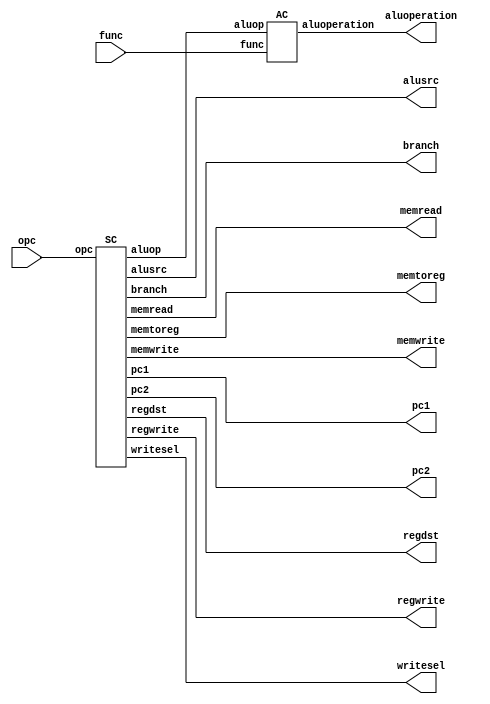
module CTRL(opc,func,memtoreg,writesel,regwrite,pc1,pc2,memwrite,memread,branch,alusrc,regdst,aluoperation);
	input [5:0] opc,func;
	output memtoreg,writesel,regwrite; //WB
	output pc1,pc2,memwrite,memread,branch; //M
	output alusrc;output [1:0]regdst;output [2:0]aluoperation; //EX
	wire [1:0]aluop;
	SC	sc(opc,memtoreg,memread,memwrite,alusrc,regwrite,regdst,writesel,pc1,pc2,aluop,branch);
	AC	ac(aluop,func,aluoperation);
endmodule

module PCSRC(rst,zout,branch,pcsrc);
	input rst,zout,branch;
	output reg pcsrc;
	always @(*) begin
		if(rst)
			pcsrc=1'b0;

		if(zout==1'b1 && branch==1'b1)
			pcsrc=1'b1;
		else
			pcsrc=1'b0;
	end
endmodule

module SPC2(rst,pc2,spc2);
	input rst,pc2;
	output reg spc2;
	always @(*) begin
		if(rst)
			spc2=1'b0;

		if(pc2==1'b1)
			spc2=1'b1;
		else
			spc2=1'b0;
	end
endmodule

module SC(opc,memtoreg,memread,memwrite,alusrc,regwrite,regdst,writesel,pc1,pc2,aluop,branch);
	input [5:0]opc;
	output reg memtoreg,memread,memwrite,alusrc,regwrite,writesel,pc1,pc2,branch;
	output reg [1:0]regdst,aluop;
	always @(opc) begin
		{aluop,memtoreg,memread,memwrite,alusrc,regwrite,regdst,writesel,pc1,pc2,branch}=13'd0;
		case(opc)
			6'b000000: // R-Type
			 begin aluop=2'b10;{memtoreg,memread,memwrite,alusrc,regwrite,writesel,pc2,branch}=8'b00001100;regdst=2'b10; end
			6'b000001: //addi
			 begin aluop=2'b01;{memtoreg,memread,memwrite,alusrc,regwrite,writesel,pc2,branch}=8'b00011100;regdst=2'b00; end
			6'b000010: //slti
			 begin aluop=2'b11;{memtoreg,memread,memwrite,alusrc,regwrite,writesel,pc2,branch}=8'b00011100;regdst=2'b00; end
			6'b000011: //lw
			 begin aluop=2'b01;{memtoreg,memread,memwrite,alusrc,regwrite,writesel,pc2,branch}=8'b11011100;regdst=2'b00; end
			6'b000100: //sw
			 begin aluop=2'b01;{memread,memwrite,alusrc,pc2,branch}=5'b01100; end
			6'b000101: //beq
			 begin aluop=2'b00;{alusrc,pc2,branch}=3'b001; end
			6'b000110: //j
			 begin {pc1,pc2,branch}=3'b010; end
			6'b000111: //jr
			 begin {pc1,pc2,branch}=3'b110; end
			6'b001000: //jal
			 begin regdst=2'b01; {regwrite,writesel,pc1,pc2,branch}=5'b10010; end
			default: {aluop,memtoreg,memread,memwrite,alusrc,regwrite,regdst,writesel,pc1,pc2,branch}=13'd0;
		endcase
	end
endmodule

module AC(aluop,func,aluoperation);
	input [5:0] func;
	input [1:0] aluop;
	output reg [2:0] aluoperation;
	always @(aluop,func) begin
		aluoperation=3'd0;
		if(aluop==2'b00) //beq
			aluoperation=3'b011;
		if(aluop==2'b01) //memref,addi
			aluoperation=3'b010;
		if(aluop==2'b11) //slti
			aluoperation=3'b111;
		if(aluop==2'b10) begin  //rtype
			if(func==6'd1)
				aluoperation=3'b010;
			if(func==6'd2)
				aluoperation=3'b011;
			if(func==6'd4)
				aluoperation=3'b000;
			if(func==6'd8)
				aluoperation=3'b001;
			if(func==6'd16)
				aluoperation=3'b111;
		end
	end
endmodule


//Units related to Hazard

module FU(exmem_regwrite,exmem_rd,idex_rs,idex_rt,memwb_regwrite,memwb_rd,fu1,fu2);
	input exmem_regwrite,memwb_regwrite;
	input [4:0]exmem_rd,idex_rs,idex_rt,memwb_rd;
	output reg [1:0]fu1,fu2;
	always @(*) begin
		{fu1,fu2} = 4'b0000;
		if(memwb_regwrite && memwb_rd!=5'd0 && memwb_rd==idex_rs)
			fu1=2'd1;
		if(memwb_regwrite && memwb_rd!=5'd0 && memwb_rd==idex_rt)
			fu2=2'd1;
		if(exmem_regwrite && exmem_rd!=5'd0 && exmem_rd==idex_rs)
			fu1=2'd2;
		if(exmem_regwrite && exmem_rd!=5'd0 && exmem_rd==idex_rt)
			fu2=2'd2;
	end
endmodule

module HU(idex_memread,idex_rt,ifid_rs,ifid_rt,pc_write,ifid_write,cs);
	input idex_memread;
	input [4:0]idex_rt,ifid_rs,ifid_rt;
	output reg pc_write,ifid_write;
	output reg cs;
	always @(*) begin
		{pc_write,ifid_write,cs}=3'b111;
		if(idex_memread && (idex_rt==ifid_rs || idex_rt==ifid_rt ))
			{pc_write,ifid_write,cs}=3'b000;	
	end
endmodule